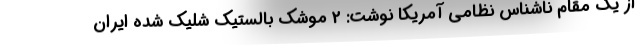
از یک مقام ناشناس نظامی آمریکا نوشت: 2 موشک بالستیک شلیک شده ایران